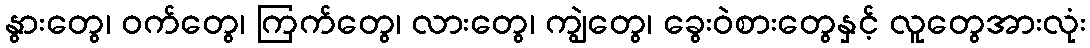
နွားတွေ၊ ဝက်တွေ၊ ကြက်တွေ၊ လားတွေ၊ ကျွဲတွေ၊ ခွေးဝဲစားတွေနှင့် လူတွေအားလုံး